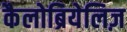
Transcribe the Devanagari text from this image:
कैलोब्रियेलिज़